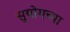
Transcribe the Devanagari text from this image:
सुयोगच्या